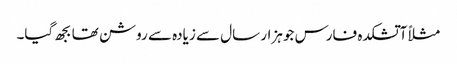
مثلاً آتشکدہ فارس جو ہزار سال سے زیادہ سے روشن تھا بجھ گیا۔